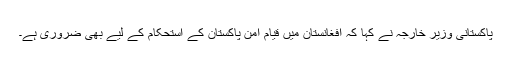
پاکستانی وزیر خارجہ نے کہا کہ افغانستان میں قیامِ امن پاکستان کے استحکام کے لیے بھی ضروری ہے۔